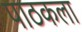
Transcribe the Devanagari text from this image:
पाठकला